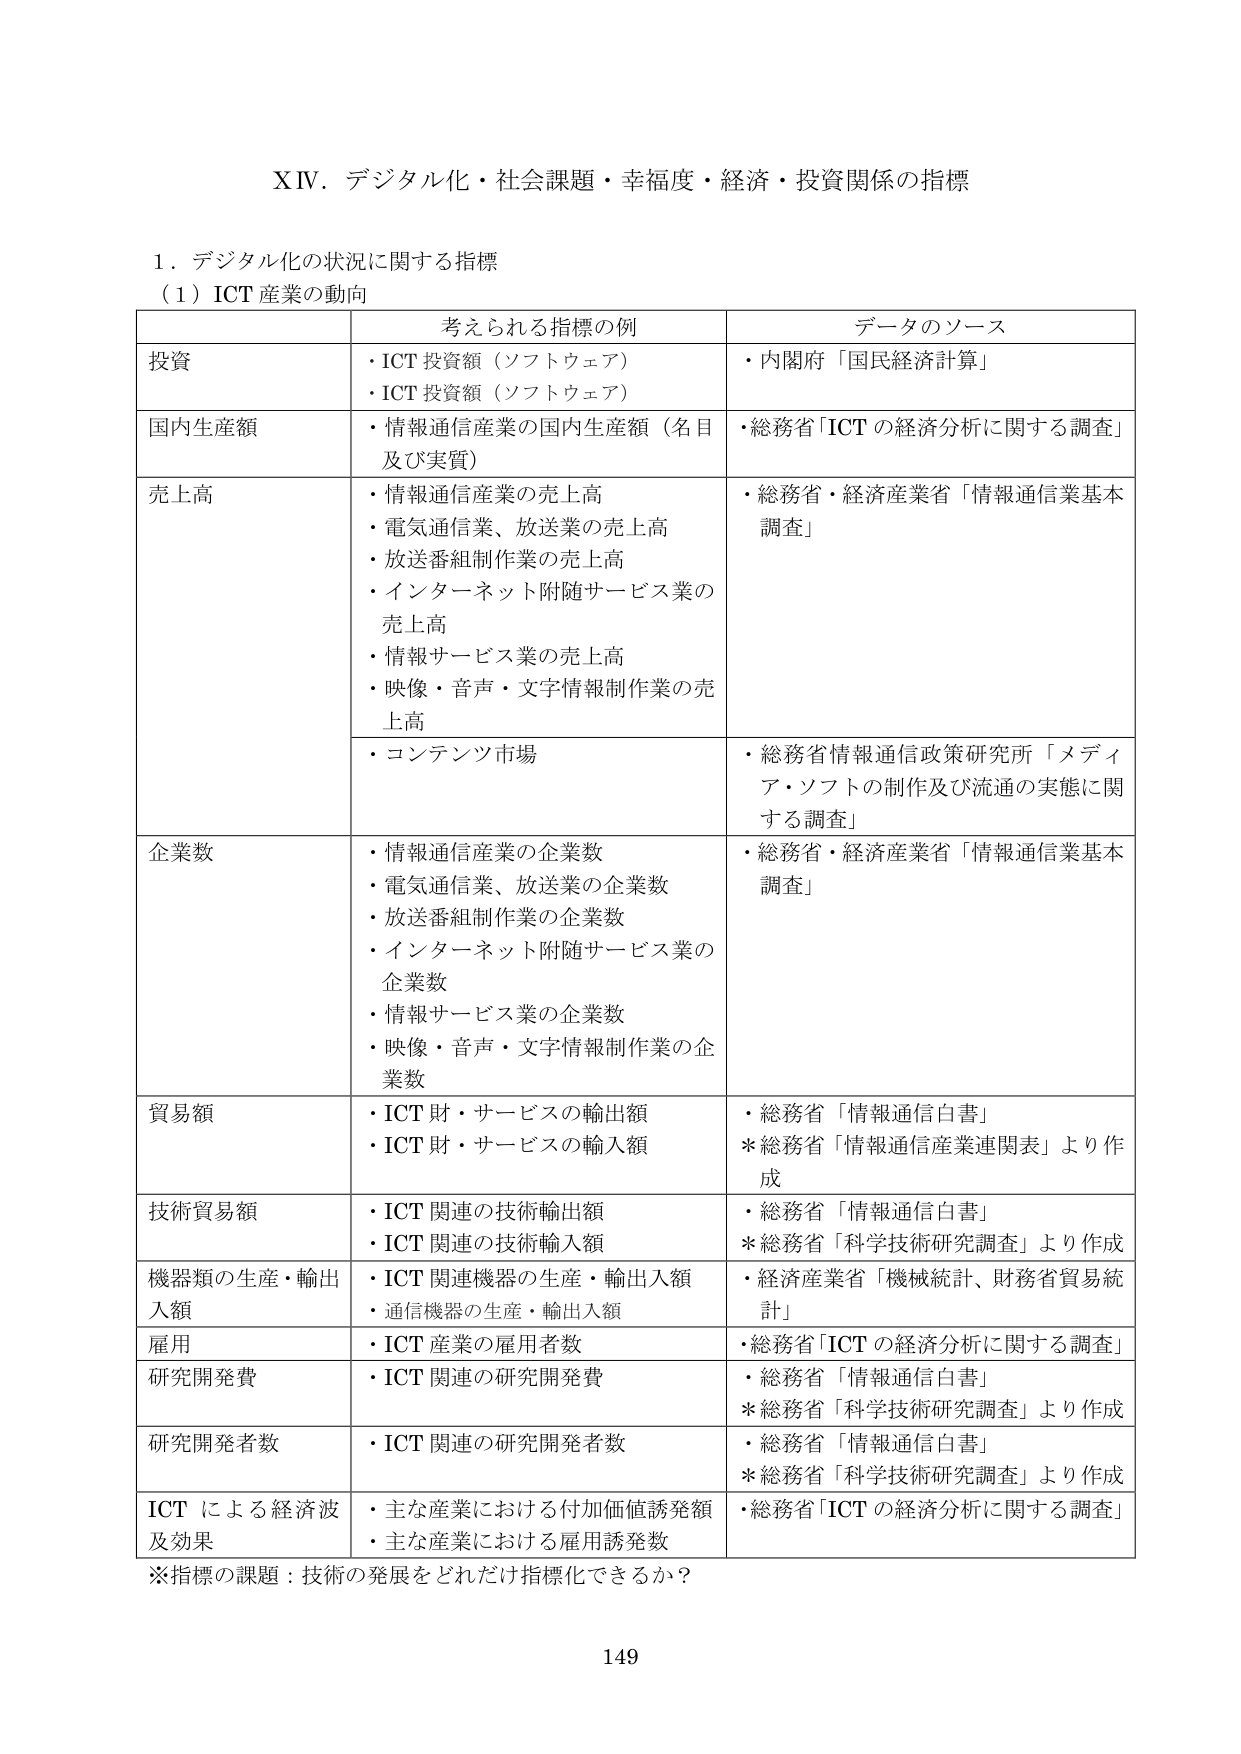
XIV．デジタル化・社会課題・幸福度・経済・投資関係の指標

１．デジタル化の状況に関する指標
（１）ICT 産業の動向

| | 考えられる指標の例 | データのソース |
|---|---|---|
| 投資 | ・ICT 投資額（ソフトウェア）<br>・ICT 投資額（ソフトウェア） | ・内閣府「国民経済計算」 |
| 国内生産額 | ・情報通信産業の国内生産額（名目及び実質） | ・総務省「ICT の経済分析に関する調査」 |
| 売上高 | ・情報通信産業の売上高<br>・電気通信業、放送業の売上高<br>・放送番組制作業の売上高<br>・インターネット附随サービス業の売上高<br>・情報サービス業の売上高<br>・映像・音声・文字情報制作業の売上高<br>・コンテンツ市場 | ・総務省・経済産業省「情報通信業基本調査」<br>・総務省情報通信政策研究所「メディア・ソフトの制作及び流通の実態に関する調査」 |
| 企業数 | ・情報通信産業の企業数<br>・電気通信業、放送業の企業数<br>・放送番組制作業の企業数<br>・インターネット附随サービス業の企業数<br>・情報サービス業の企業数<br>・映像・音声・文字情報制作業の企業数 | ・総務省・経済産業省「情報通信業基本調査」 |
| 貿易額 | ・ICT 財・サービスの輸出額<br>・ICT 財・サービスの輸入額 | ・総務省「情報通信白書」<br>＊総務省「情報通信産業連関表」より作成 |
| 技術貿易額 | ・ICT 関連の技術輸出額<br>・ICT 関連の技術輸入額 | ・総務省「情報通信白書」<br>＊総務省「科学技術研究調査」より作成 |
| 機器類の生産・輸出入額 | ・ICT 関連機器の生産・輸出入額<br>・通信機器の生産・輸出入額 | ・経済産業省「機械統計、財務省貿易統計」 |
| 雇用 | ・ICT 産業の雇用者数 | ・総務省「ICT の経済分析に関する調査」 |
| 研究開発費 | ・ICT 関連の研究開発費 | ・総務省「情報通信白書」<br>＊総務省「科学技術研究調査」より作成 |
| 研究開発者数 | ・ICT 関連の研究開発者数 | ・総務省「情報通信白書」<br>＊総務省「科学技術研究調査」より作成 |
| ICT による経済波及効果 | ・主な産業における付加価値誘発額<br>・主な産業における雇用誘発数 | ・総務省「ICT の経済分析に関する調査」 |

※指標の課題：技術の発展をどれだけ指標化できるか？

149